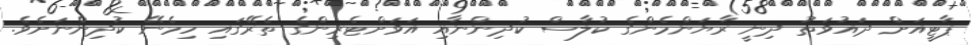
ޕާޓީއަށް ދައުވަތު ދިނީ ރާޔަންމެންގެ ކުލާސް ކުދިންނާއި އަވަށްޓެރިންގެ ތެރޭގައި ހިމެނޭ ކުދިންނަށެވެ.